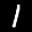
Label: 1